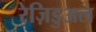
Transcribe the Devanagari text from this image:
रेज़िडुअल